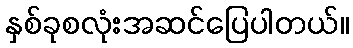
နှစ်ခုစလုံးအဆင်ပြေပါတယ်။